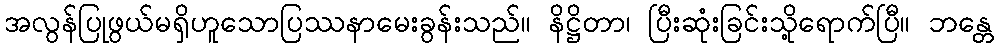
အလွန်ပြုဖွယ်မရှိဟူသောပြဿနာမေးခွန်းသည်။ နိဋ္ဌိတာ၊ ပြီးဆုံးခြင်းသို့ရောက်ပြီ။ ဘန္တေ